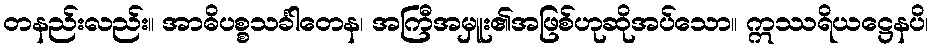
တနည်းလည်း။ အာဓိပစ္စသင်္ခါတေန၊ အကြီအမှူး၏အဖြစ်ဟုဆိုအပ်သော။ ဣဿရိယဋ္ဌေနပိ၊